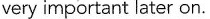
very important later on.